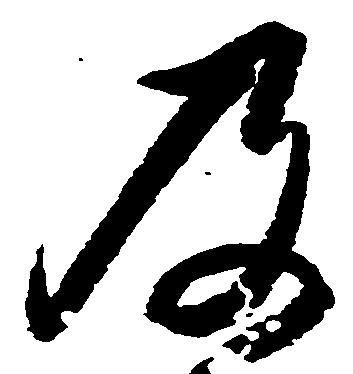
及